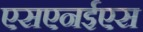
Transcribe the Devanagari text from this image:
एसएनईएस